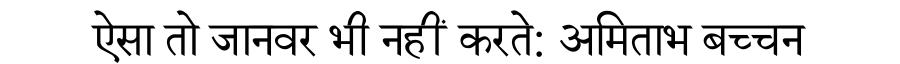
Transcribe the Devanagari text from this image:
ऐसा तो जानवर भी नहीं करते: अमिताभ बच्चन